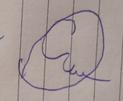
Signature authenticity: forged